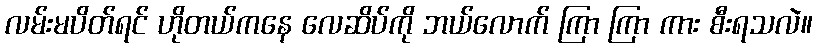
လမ်းမပိတ်ရင် ဟိုတယ်ကနေ လေဆိပ်ကို ဘယ်လောက် ကြာ ကြာ ကား စီးရသလဲ။